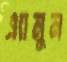
এ্যামুন